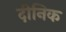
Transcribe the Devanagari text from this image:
दीनिक